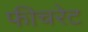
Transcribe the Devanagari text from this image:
फीचरेट